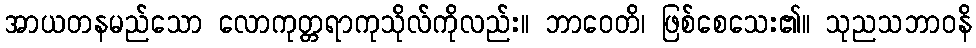
အာယတနမည်သော လောကုတ္တရာကုသိုလ်ကိုလည်း။ ဘာဝေတိ၊ ဖြစ်စေသေး၏။ သုညသဘာဝနိ